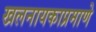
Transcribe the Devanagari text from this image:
खलनायकाप्रमाणे